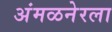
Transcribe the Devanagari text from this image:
अंमळनेरला